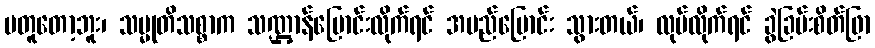
မတူတော့ဘူး၊ သမ္မုတိသစ္စာက သဏ္ဌာန်ပြောင်းလိုက်ရင် အမည်ပြောင်း သွားတယ်၊ လုပ်လိုက်ရင် ခွဲခြမ်းစိတ်ဖြာ